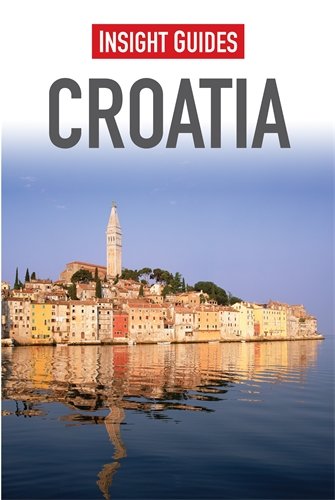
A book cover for Croatia (Insight Guides); Insight Guides; Travel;